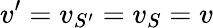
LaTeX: v^{\prime}=v_{S^{\prime}}=v_{S}=v